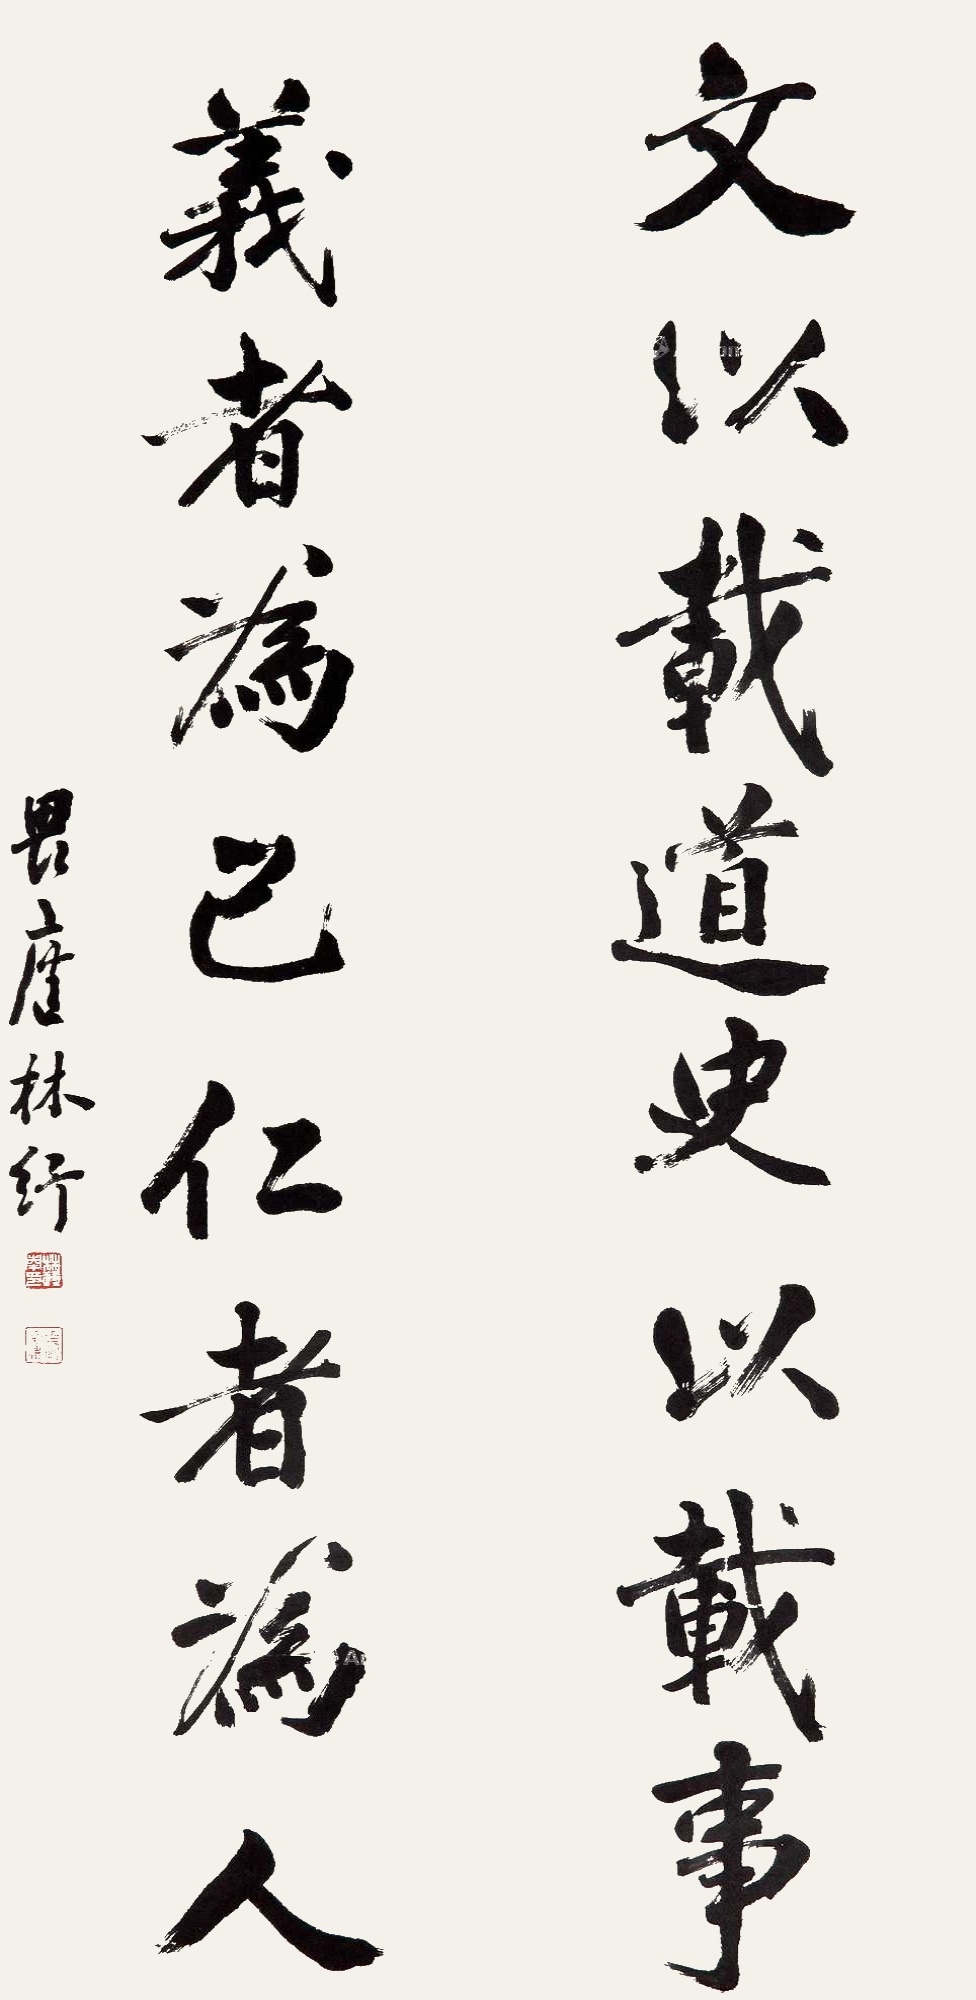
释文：文以载道史以载事；义者为己仁者为人。畏庐林纾。